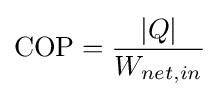
{\rm {COP}}={\frac {|Q|}{W_{net,in}}}